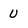
Character: U